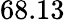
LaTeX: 68.13